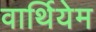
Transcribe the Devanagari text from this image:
वार्थियेम